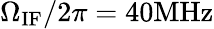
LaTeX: \Omega_{\mathrm{IF}}/2\pi=40\mathrm{MHz}